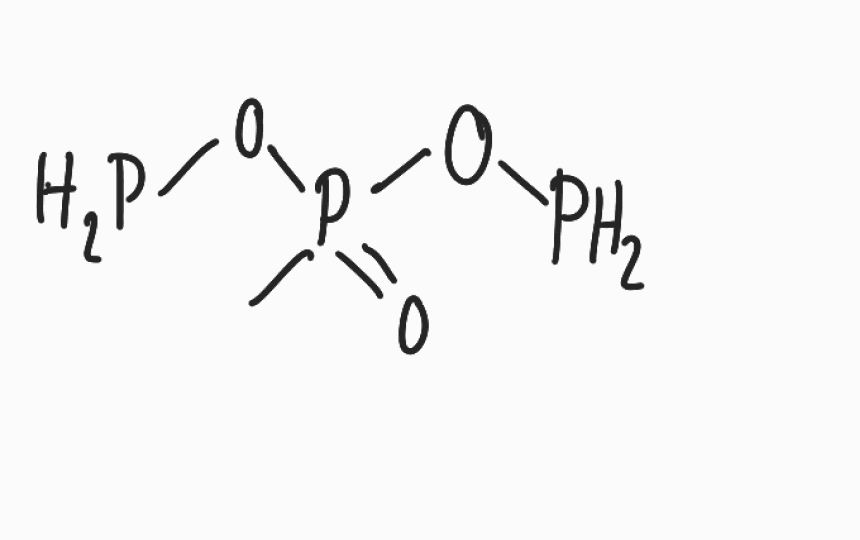
Simplified molecular-input line-entry system (SMILES) notation of the given molecule:
CP(=O)(OP)OP